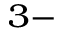
^ { 3 - }